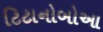
ટિટાનોબોઆ